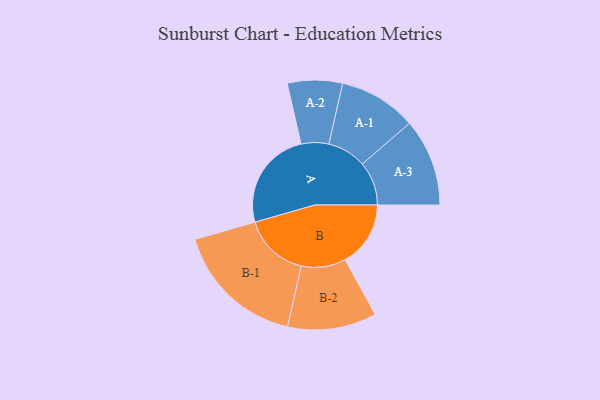
{"axis": {"x": "Segment", "y": "Value"}, "legend": ["", "A", "B"], "data": [{"x": "A", "y": 446, "type": ""}, {"x": "B", "y": 293, "type": ""}, {"x": "A-1", "y": 174, "type": "A"}, {"x": "A-2", "y": 123, "type": "A"}, {"x": "A-3", "y": 196, "type": "A"}, {"x": "B-1", "y": 294, "type": "B"}, {"x": "B-2", "y": 199, "type": "B"}]}